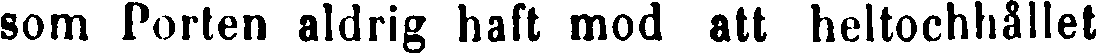
som Porten aldrig haft mod att heltochhållet